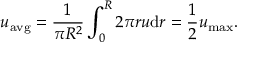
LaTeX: { u } _ { \mathrm { a v g } } = { \frac { 1 } { \pi R ^ { 2 } } } \int _ { 0 } ^ { R } 2 \pi r u \mathrm { d } r = { \frac { 1 } { 2 } } { u } _ { \mathrm { m a x } } .